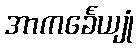
အာကင်္ခေယျုံ